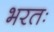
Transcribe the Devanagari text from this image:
भरतः